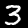
Label: 3